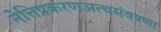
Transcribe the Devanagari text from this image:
नेत्तिप्रकरणअत्थसंवण्णा